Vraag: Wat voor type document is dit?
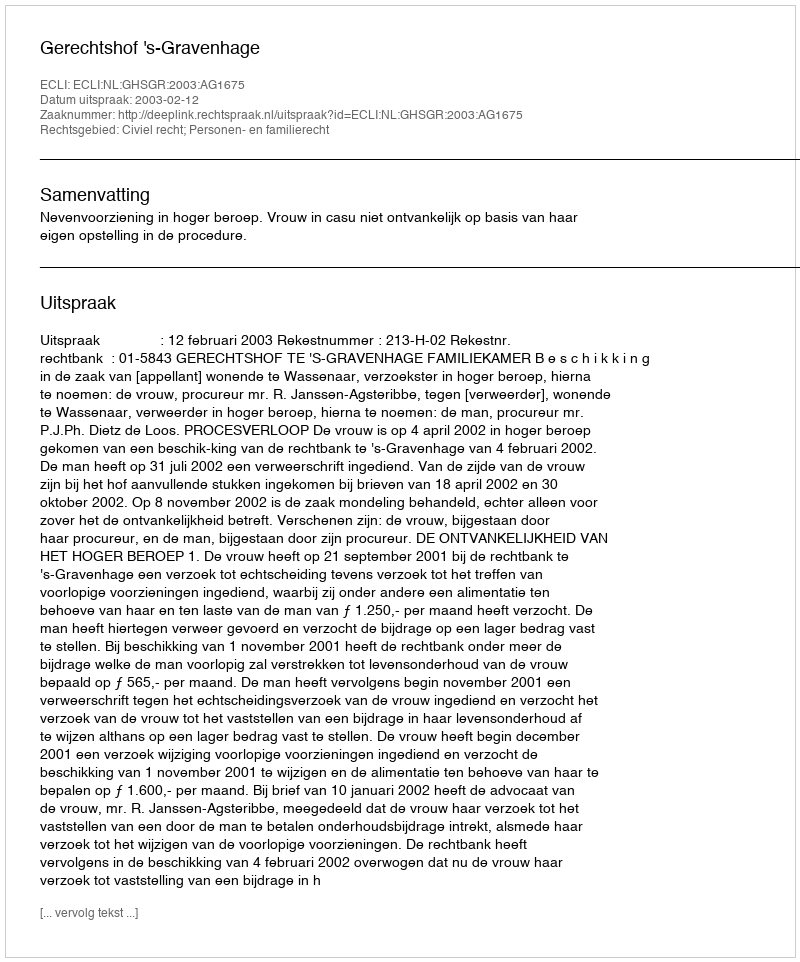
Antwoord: Uitspraak